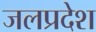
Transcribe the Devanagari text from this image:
जलप्रदेश